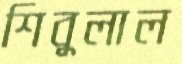
শিবুলাল